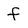
Character: f